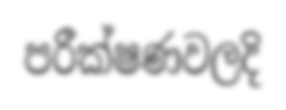
පරීක්ෂණවලදි